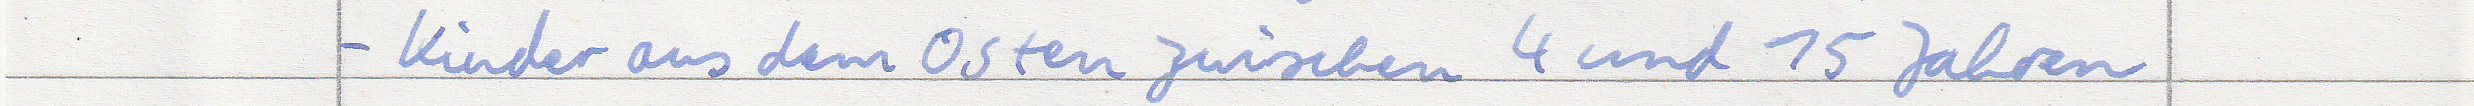
- Kinder aus dem Osten zwischen 4 und 15 Jahren